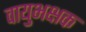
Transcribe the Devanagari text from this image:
वायुभक्षक